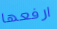
ارفعها